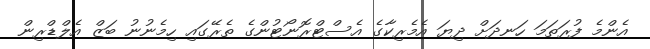
އެންމެ ފުރަތަމަ ހަނދަށް ދިޔަ އެމެރިކާގެ އެސްޓްރޮނޯޓުންގެ ތެރޭގައި ހިމެނުނު ބަޒް އެލްޑްރިން